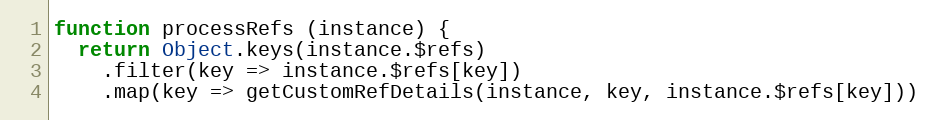
Language: JavaScript
function processRefs (instance) {
  return Object.keys(instance.$refs)
    .filter(key => instance.$refs[key])
    .map(key => getCustomRefDetails(instance, key, instance.$refs[key]))